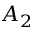
A _ { 2 }